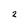
Character: 2